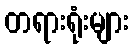
တရားရုံးများ